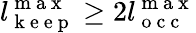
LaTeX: l_{\mathrm{~k~e~e~p~}}^{\mathrm{~m~a~x~}}\ge 2l_{\mathrm{~o~c~c~}}^{\mathrm{~m~a~x~}}